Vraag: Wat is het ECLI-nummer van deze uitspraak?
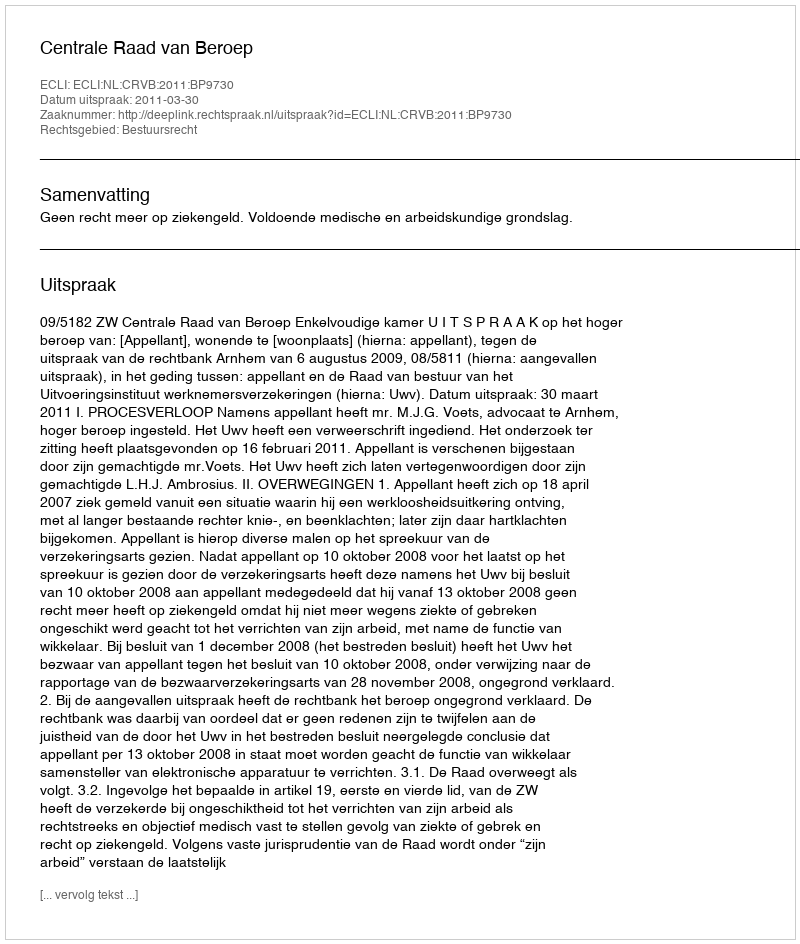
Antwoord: ECLI:NL:CRVB:2011:BP9730